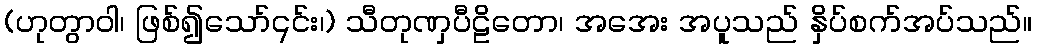
(ဟုတွာဝါ၊ ဖြစ်၍သော်၎င်း၊) သီတုဏှပီဠိတော၊ အအေး အပူသည် နှိပ်စက်အပ်သည်။